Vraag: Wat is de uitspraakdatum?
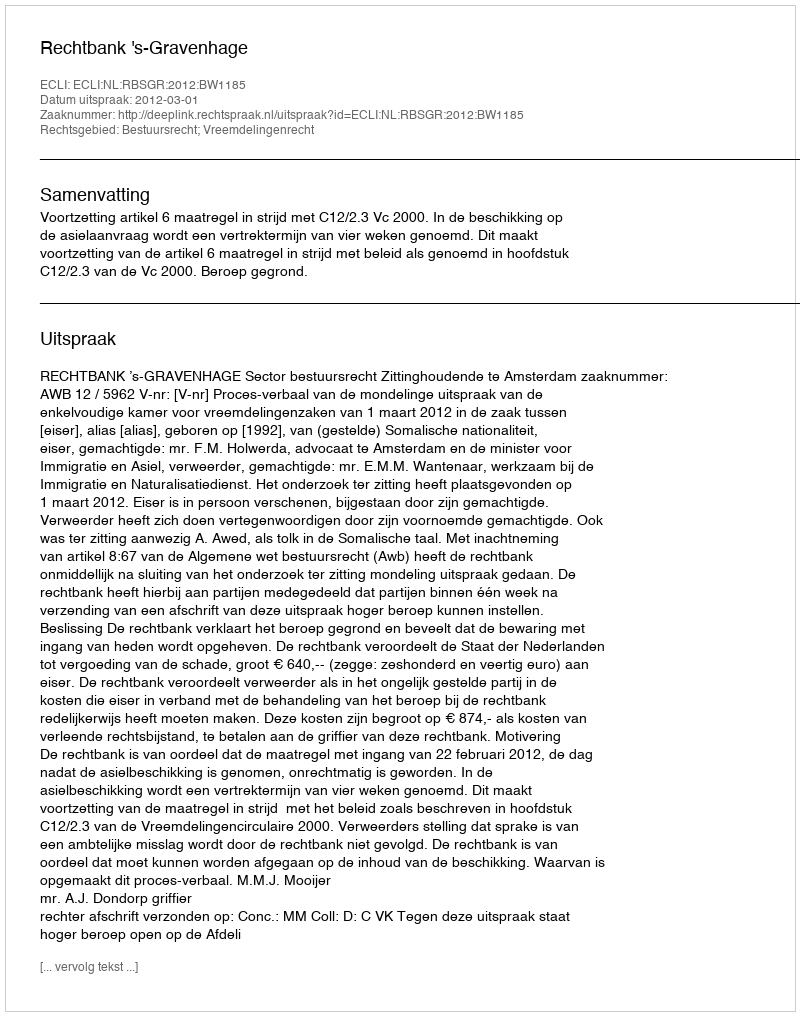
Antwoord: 2012-03-01